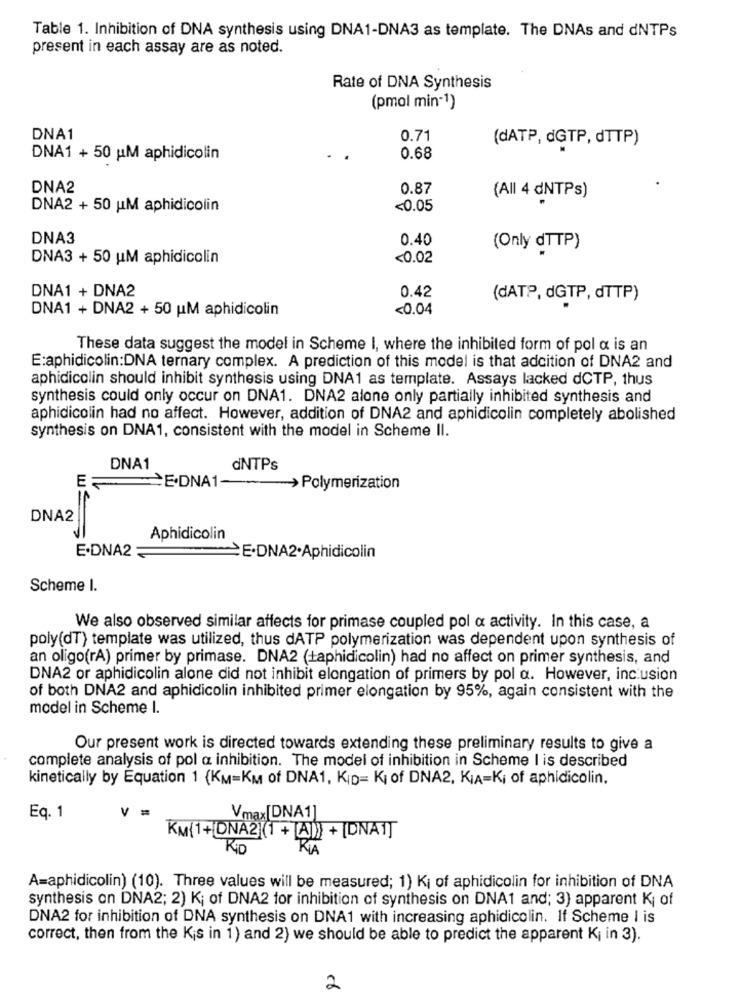
Table 1. Inhibition of DNA synthesis using DNA1-DNA3 as template. The DNAs and dNTPs
present in each assay are as noted.
Rate of DNA Synthesis
(pmol min-1)
DNA1
0.71
(dATP, &GTP, dTTP)
DNA1 + 50 HM aphidicolin
0.68
DNA2
0.87
(All 4 dNTPs)
DNA2 + 50 UM aphidicolin
<0.05
DNA3
0.40
(Only dTTP)
DNA3 + 50 uM aphidicolin
<0.02
DNA1 + DNA2
0.42
(dATP, dGTP, dTTP)
DNA1 + DNA2 + 50 uM aphidicolin
<0.04
These data suggest the model in Scheme I, where the inhibited form of pol a is an
E:aphidicolin:DNA ternary complex. A prediction of this model is that adcition of DNA2 and
aphidicolin should inhibit synthesis using DNA1 as template. Assays lacked dCTP, thus
synthesis could only occur on DNA1. DNA2 alone only partially inhibited synthesis and
aphidicolin had no affect. However, addition of DNA2 and aphidicolin completely abolished
synthesis on DNA1, consistent with the model in Scheme II.
DNA1
dNTPs
=
·DNA1 ~~~ >Polymerization
DNA2
Aphidicolin
E.DNA2
E.DNA2.Aphidicolin
Scheme I.
We also observed similar affects for primase coupled pol a activity. In this case, a
poly(dT) template was utilized, thus dATP polymerization was dependent upon synthesis of
an oligo(rA) primer by primase. DNA2 (taphidicolin) had no affect on primer synthesis, and
DNA2 or aphidicolin alone did not inhibit elongation of primers by pol a. However, inclusion
of both DNA2 and aphidicolin inhibited primer elongation by 95%, again consistent with the
model in Scheme I.
Our present work is directed towards extending these preliminary results to give a
complete analysis of pol a inhibition. The model of inhibition in Scheme I is described
kinetically by Equation 1 (KM=KM of DNA1, KID= Ki of DNA2, KIA=Ki of aphidicolin,
Eq. 1
Vmax[DNA1]
KM(1+[DNA2 (1 + [A]) + [DNA1]
Kip
RIA
A=aphidicolin) (10). Three values will be measured; 1) Ki of aphidicolin for inhibition of DNA
synthesis on DNA2; 2) Ki of DNA2 for inhibition of synthesis on DNA1 and; 3) apparent Ki of
DNA2 for inhibition of DNA synthesis on DNA1 with increasing aphidicolin. If Scheme I is
correct, then from the Kis in 1) and 2) we should be able to predict the apparent Ki in 3).
2